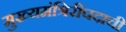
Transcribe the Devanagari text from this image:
मुख्यमंत्रिरीपदाची